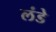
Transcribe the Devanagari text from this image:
लंडे